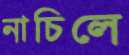
নাচিলে